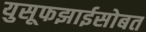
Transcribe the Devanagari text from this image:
युसूफझाईसोबत